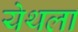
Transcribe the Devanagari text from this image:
येथला